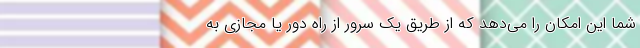
شما این امکان را می‌دهد که از طریق یک سرور از راه دور یا مجازی به